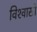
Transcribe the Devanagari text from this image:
विश्‍वासी